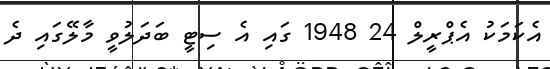
އެކަމަކު އެޕްރީލް 24 1948 ގައި އެ ސިޓީ ބަދަލުވީ މާލޭގައި ދެ